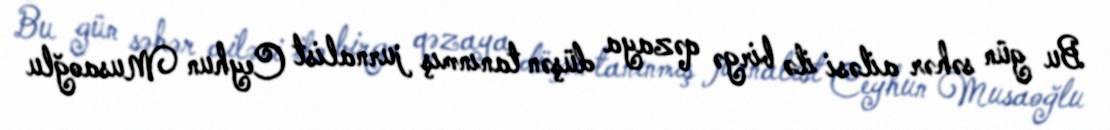
Bu gün səhər ailəsi ilə birgə qəzaya düşən tanınmış jurnalist Ceyhun Musaoğlu